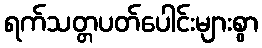
ရက်သတ္တပတ်ပေါင်းများစွာ